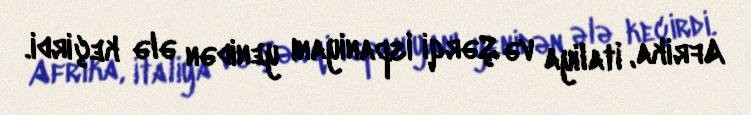
Afrika, İtaliya və Şərqi İspaniyanı yenidən ələ keçirdi.